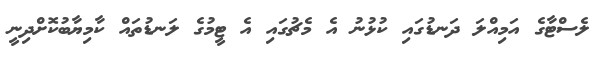
ލެސްޓާގެ އަމިއްލަ ދަނޑުގައި ކުޅުނު އެ މެޗުގައި އެ ޓީމުގެ ލަނޑުތައް ކާމިޔާބުކޮށްދިނީ